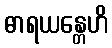
ဓာရယန္တေဟိ